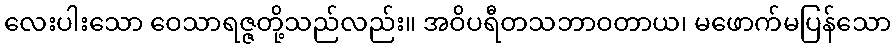
လေးပါးသော ဝေသာရဇ္ဇတို့သည်လည်း။ အဝိပရီတသဘာဝတာယ၊ မဖောက်မပြန်သော